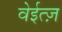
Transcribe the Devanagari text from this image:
वेईत्ज़